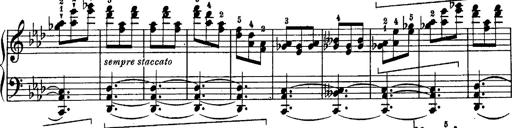
Title: Schubert's Impromptus [revised and edited by Franz Liszt]
Composer: Franz Liszt